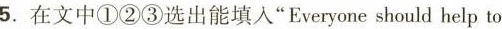
5.在文中①②③选出能填入"Everyone should help to